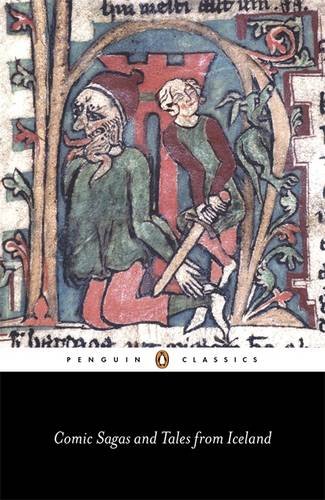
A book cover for Comic Sagas and Tales from Iceland (Penguin Classics); Literature & Fiction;